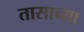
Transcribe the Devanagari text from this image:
तासाच्‍या